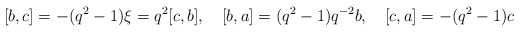
\begin{align*}[b,c]=-(q^2-1)\xi=q^{2}[c,b],\quad [b,a]=(q^2-1)q^{-2}b,\quad[c,a]=-(q^2-1)c\end{align*}